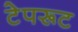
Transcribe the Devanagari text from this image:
टेपरूट